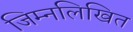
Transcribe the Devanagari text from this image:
जिम्नलिखित